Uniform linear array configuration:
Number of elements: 48
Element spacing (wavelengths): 0.75
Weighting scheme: uniform
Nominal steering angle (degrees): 15
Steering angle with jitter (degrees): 13.993
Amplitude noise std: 0.05
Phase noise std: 0.05

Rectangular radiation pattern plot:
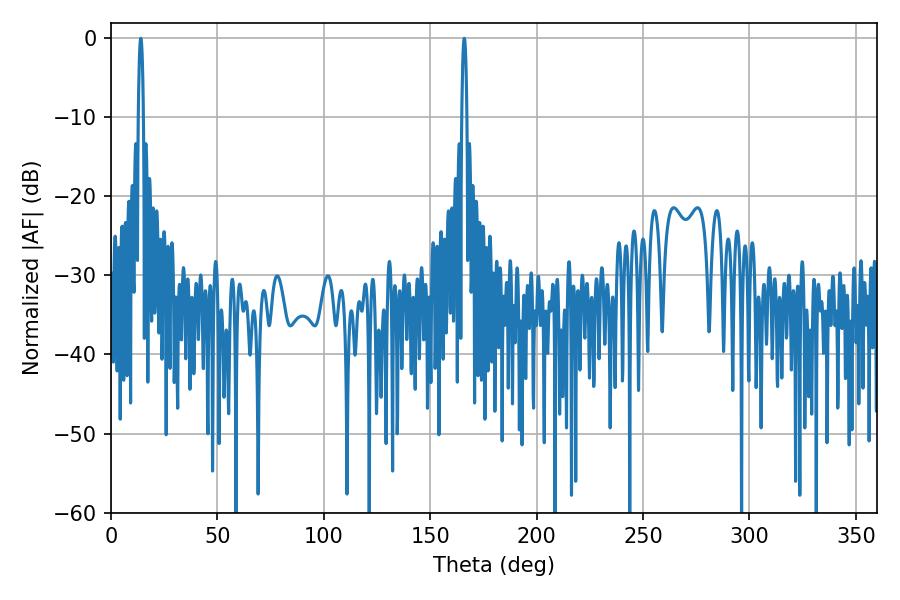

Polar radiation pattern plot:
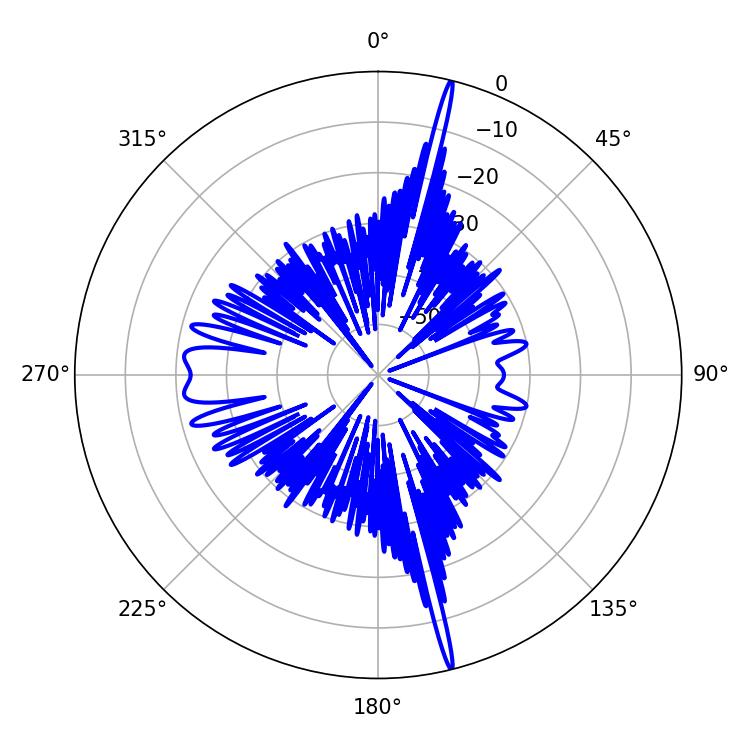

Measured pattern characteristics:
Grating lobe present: TRUE
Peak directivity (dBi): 22.715
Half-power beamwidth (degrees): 1.26
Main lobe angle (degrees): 165.96